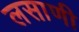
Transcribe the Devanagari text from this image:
लसाणी